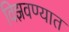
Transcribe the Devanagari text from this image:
विझवण्यात